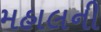
મહાલની